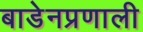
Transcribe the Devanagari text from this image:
बाडेनप्रणाली